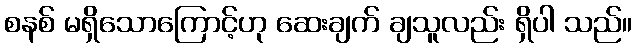
စနစ် မရှိသောကြောင့်ဟု ဆေးချက် ချသူလည်း ရှိပါ သည်။